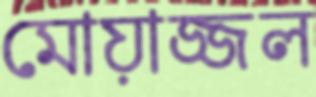
মোয়াজ্জল